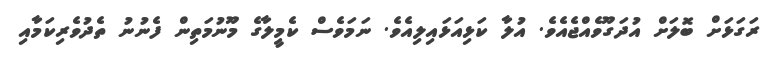
ރަގަޅަށް ބޮލަށް އުދަގޫވެއްޖެއެވެ. އުލާ ކަޅިއަޅައިލިއެވެ. ނަމަވެސް ކެމީލާގެ މޫނުމަތިން ފެނުނު ތެދުވެރިކަމާއި